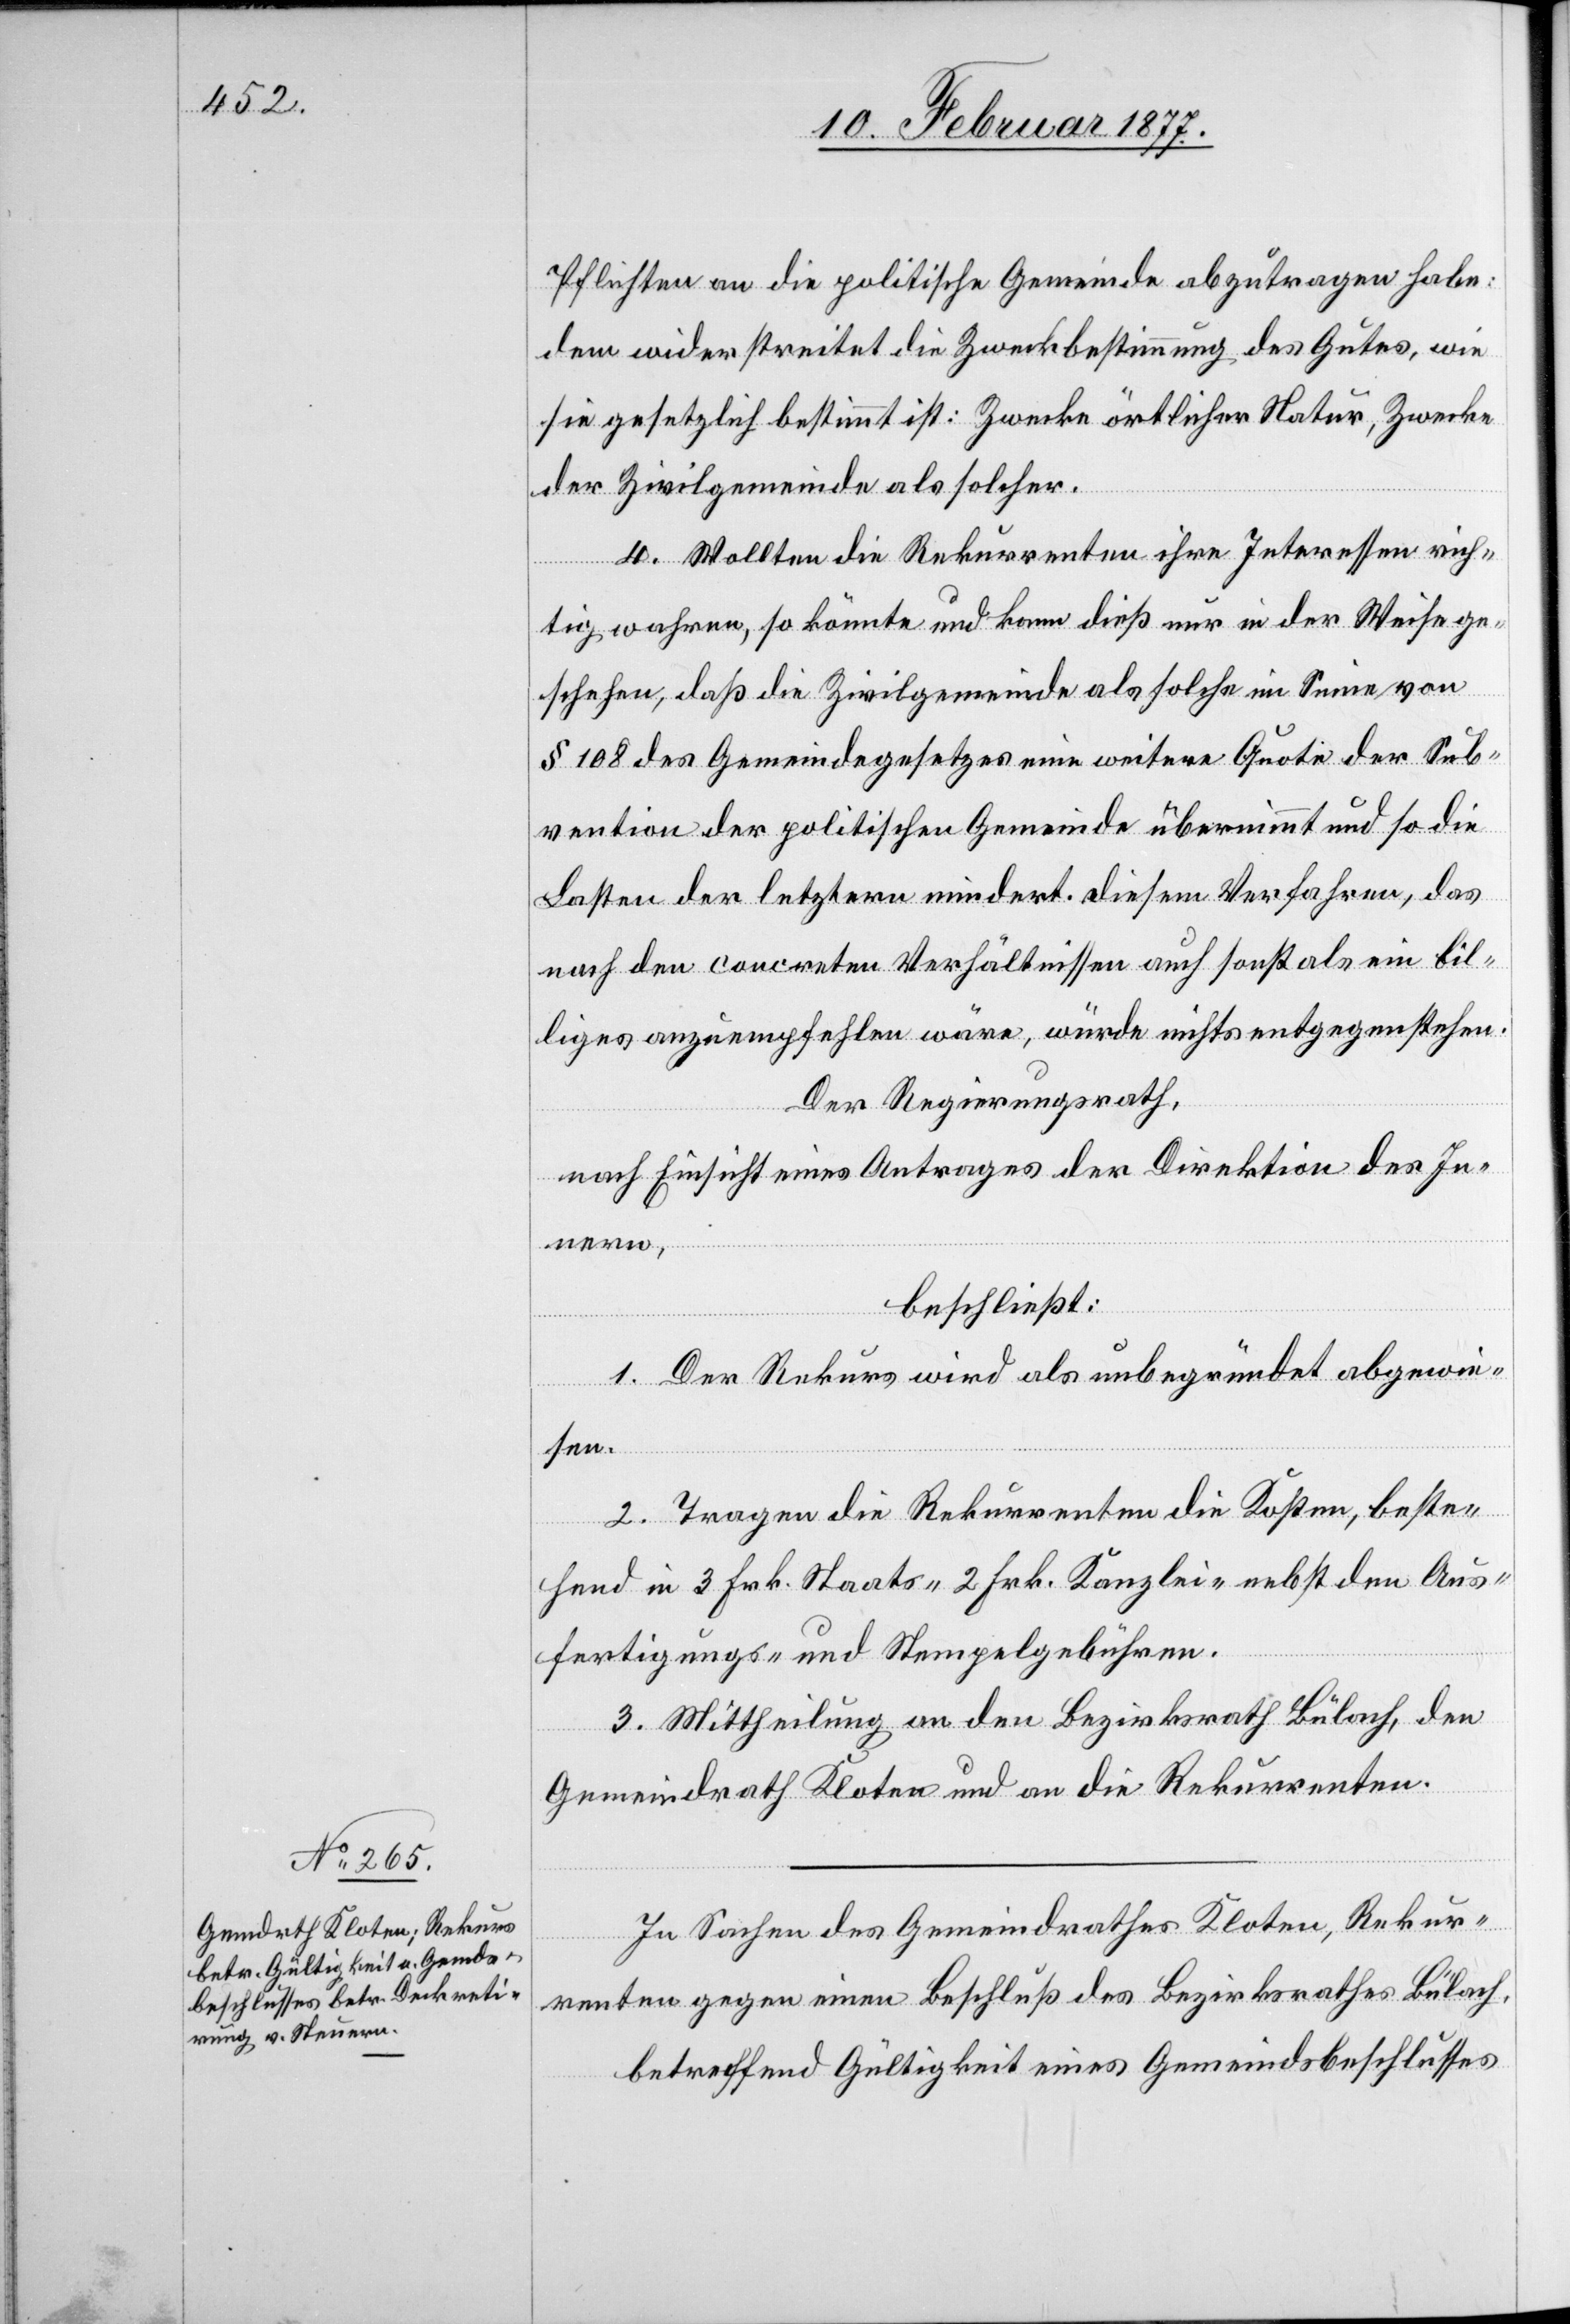
Pflichten an die politische Gemeinde abzutragen habe;
dem wiederstreitet die Zweckbestimmung des Gutes, wie
sie gesetzlich bestimmt ist: Zwecke örtlicher Natur, Zwecke
der Zivilgemeinde als solcher.
4. Wollten die Rekurrenten ihre Interessen rich¬
tig wahren, so könnte und kann dieß nur in der Weise ge¬
schehen, daß die Zivilgemeinde als solche im Sinne von
§ 108 des Gemeindegesetzes eine weitere Quote der Sub¬
vention der politischen Gemeinde übernimmt und so die
Lasten der letztern mindert. Diesem Verfahren, das
nach den concreten Verhältnissen auch sonst als ein bil¬
liges anzuempfehlen wäre, würde nichts entgegenstehen.
Der Regierungsrath,
nach Einsicht eines Antrages der Direktion des In¬
nern,
beschließt:
1. Der Rekurs wird als unbegründet abgewie¬
sen.
2. Tragen die Rekurrenten die Kosten, beste¬
hend in 3 Frk. Staats-[,] 2 Frk. Kanzlei- nebst den Aus¬
fertigungs- und Stempelgebühren.
3. Mittheilung an den Bezirksrath Bülach, den
Gemeindrath Kloten und an die Rekurrenten.
In Sachen des Gemeindrathes Kloten, Rekur¬
renten gegen einen Beschluß des Bezirksrathes Bülach,
betreffend Gültigkeit eines Gemeindsbeschlusses